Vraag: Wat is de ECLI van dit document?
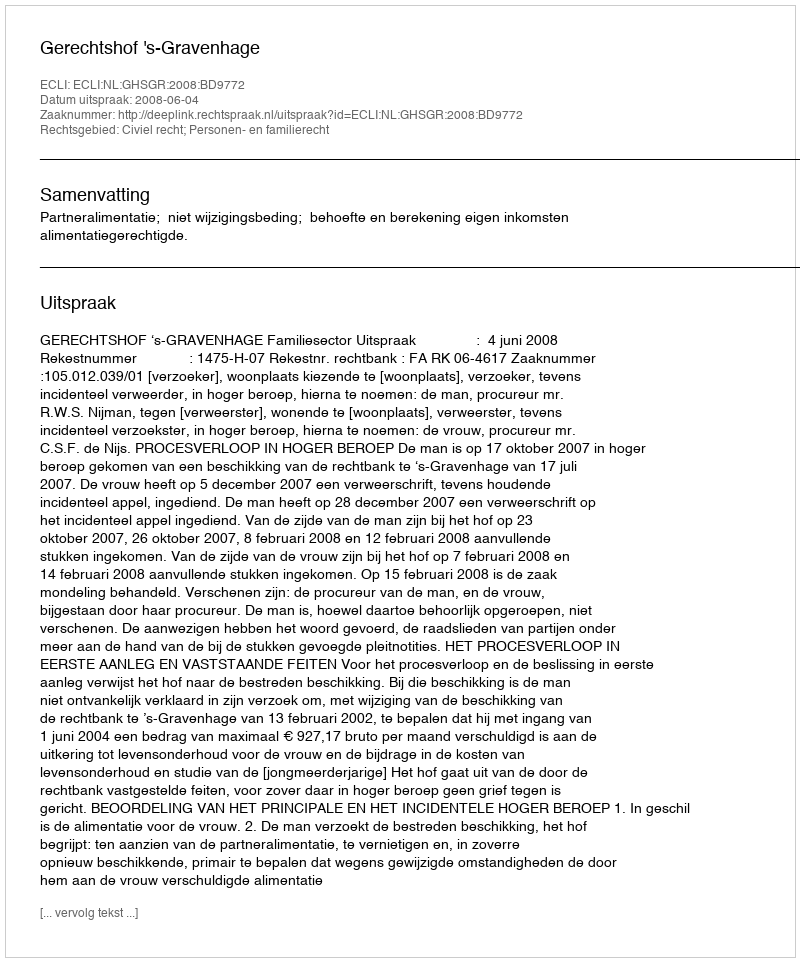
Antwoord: ECLI:NL:GHSGR:2008:BD9772